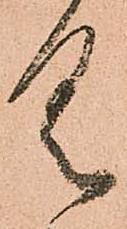
具